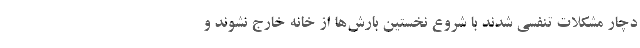
دچار مشکلات تنفسی شدند با شروع نخستین بارش‌ها از خانه خارج نشوند و